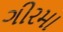
ગીરમા